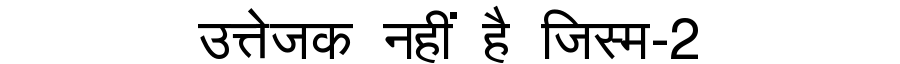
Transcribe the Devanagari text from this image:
उत्तेजक नहीं है जिस्म-2